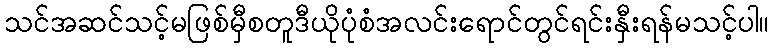
သင်အဆင်သင့်မဖြစ်မှီစတူဒီယိုပုံစံအလင်းရောင်တွင်ရင်းနှီးရန်မသင့်ပါ။